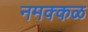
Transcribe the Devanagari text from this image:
नमक्कळ